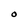
Character: O